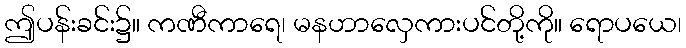
ဤပန်းခင်း၌။ ကဏီကာရေ၊ မနဟာလှေကားပင်တို့ကို။ ရောပယေ၊